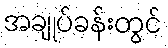
အချုပ်ခန်းတွင်